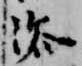
浴